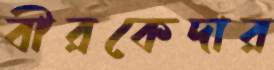
বীরকেদার